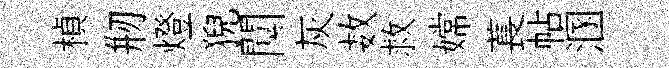
楨剏燈猊闃灰数救嫦萇帖溷